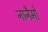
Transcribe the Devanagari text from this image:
नानैमो